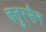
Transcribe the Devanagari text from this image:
चतुरसैन